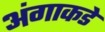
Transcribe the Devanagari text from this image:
अंगाकडे